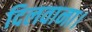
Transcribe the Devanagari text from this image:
दिलवाना।